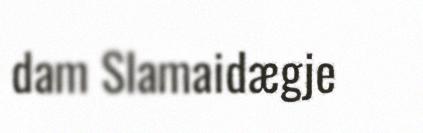
dam Slamaidægje